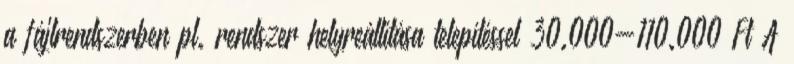
a fájlrendszerben pl. rendszer helyreállítása telepítéssel 30.000-110.000 Ft A